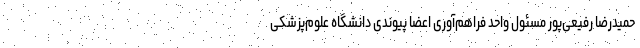
حمیدرضا رفیعی‌پور مسئول واحد فراهم‌آوری اعضا پیوندی دانشگاه علوم‌پزشکی